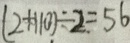
( 2 + 1 1 0 ) \div 2 = 5 6